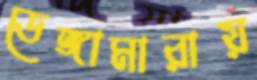
ডেঙ্গামারায়